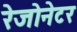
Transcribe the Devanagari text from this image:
रेजोनेटर